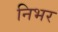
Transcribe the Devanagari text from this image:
निभर